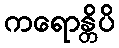
ကရောန္တိပိ